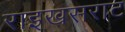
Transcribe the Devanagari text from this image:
राइखसराट